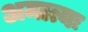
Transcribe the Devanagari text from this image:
अमात्यः